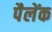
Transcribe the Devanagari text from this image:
पैलेंक